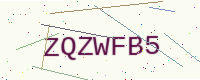
Text: ZQZWFB5